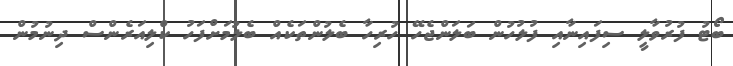
ބޯޓު ފުރުވާލީ ސިފައިނާއި ފުލުހުން ބަލަންޖެހޭ ހުރިހާ ބެލުންތަކެއް ބެލުމަށްފަހު ކްލިއަރެންސް ދިނުމުން